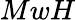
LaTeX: MwH